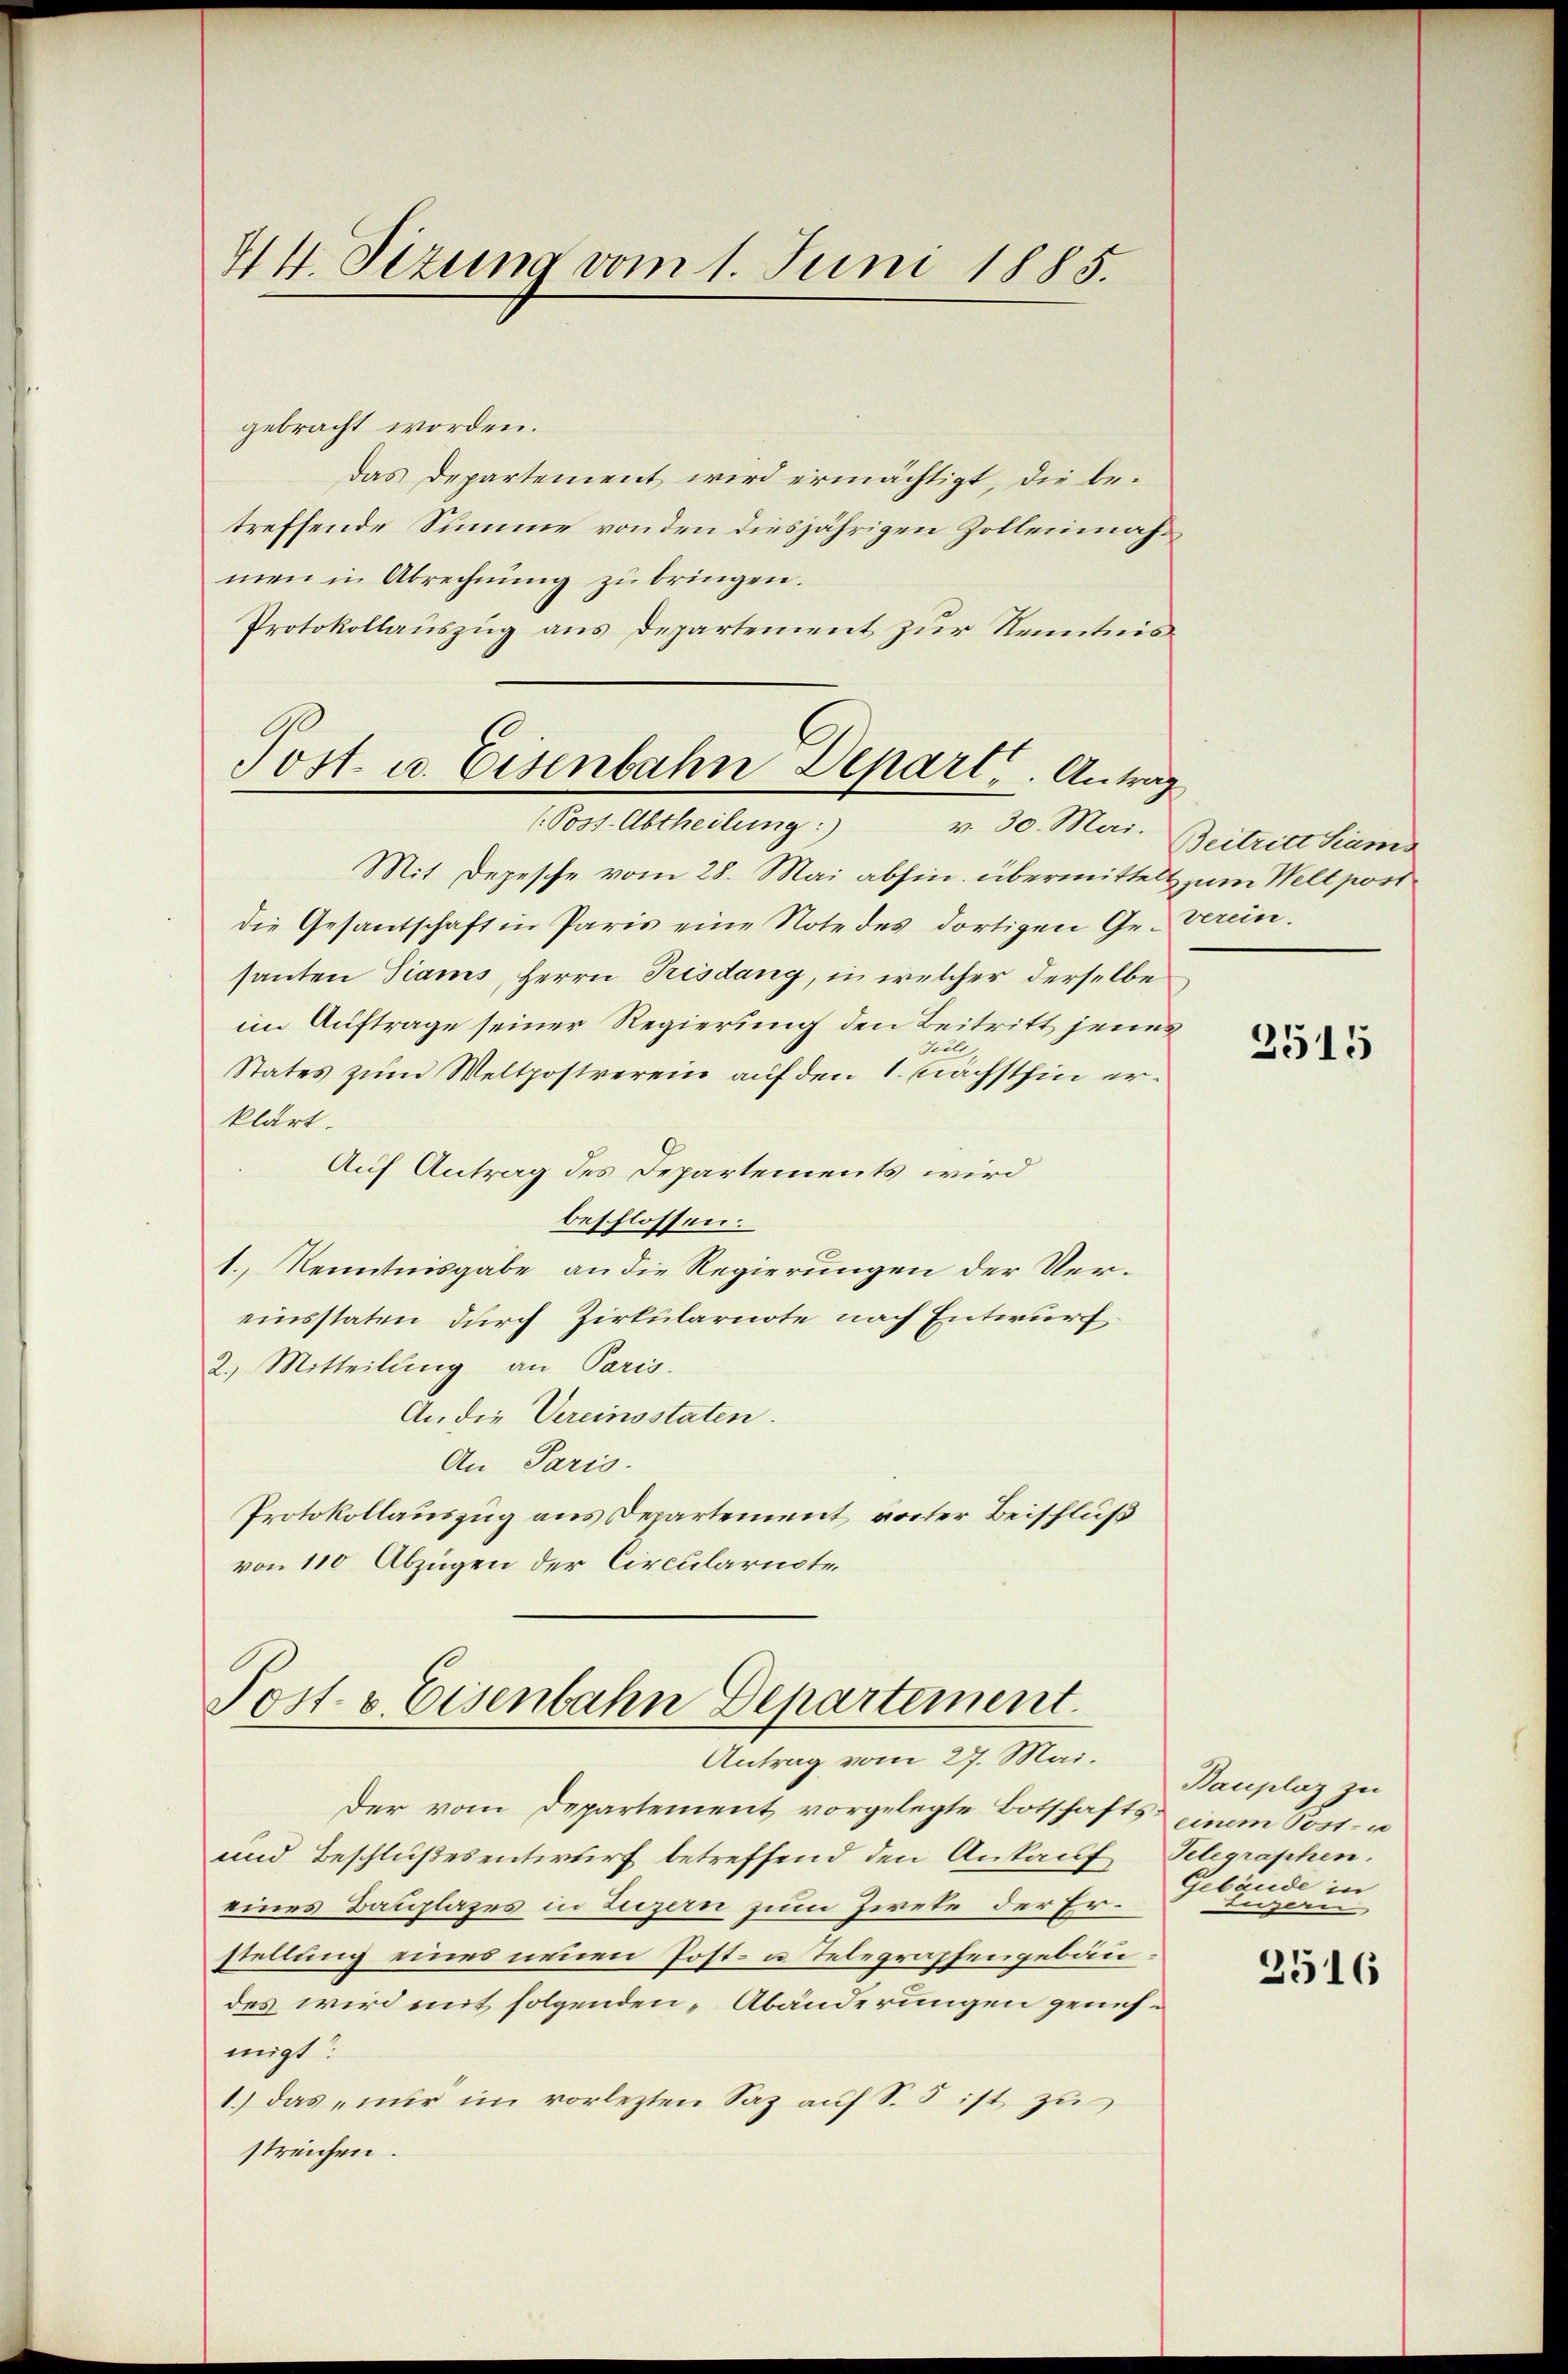
44. Sezung vom 1. Juni 1885.

gebracht worden.
das Departement wird ermächtigt, die be-
treffende Summe von den diesjährigen Zollenmahmen in Abrechnŭng zŭ bringen.
Protokollauszug aus Departement zur Kenntnis

Post u. Eisenbahn Depart. Antrag
(Poss. Abtheilung:
v. 30. Mai.

Mit Depesche vom 28. Mai abhin übermittels zum Welt post
die Gesantschaft in Paris eine Note des dortigen Ge-verein.
santen Tiams, Herrn Trisdung, in welcher derselbe
im Auftrage seiner Regierung den Beitritt jenes
ilt
States zum Weltpostverein auf den 1. Nächsthin erklärt.
Auf Antrag des Departements wird
beschlossen:
1., Kenntnisgabe an die Regierungen der Vereinsstaten durch Zirkularnote nach Entwurf
2. Mitteilung an Paris.
An die Vereinsstaten.
An Paris.
Protokollauszug aus Departement vorter Beischluß
von 110 Abzügen der Circulariote

Post- & Eisenbahn Departement.
Antrag vom 27. Mai.

Der vom Departement vorgelegte Botschafts einem Post- u
und Beschlußesentwurf betreffend den Ankauf Telegraphen.
eines Bauplazes in Luzern zum Ziete der Erstellung eines neuen Post- u. Telegraphengebäu
des wird mit folgenden „Abänderungen genehmigt.
1.) Das nur im vorlezten Saz auf S. 5 ist zu
streichen.

Beitritt Sams

2515

Bauplaz zu
Gebäude in
Luzern

2516